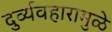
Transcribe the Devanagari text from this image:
दुर्व्यवहारामुळे